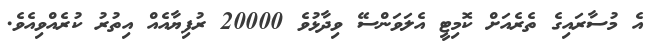
އެ މުސާރައިގެ ތެރެއަށް ކޮމިޓީ އެލަވަންސޭ ވިދާޅުވެ 20000 ރުފިޔާއެއް އިތުރު ކުރެއްވިއެވެ.